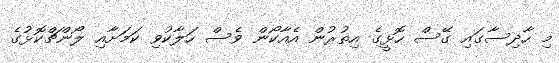
މި ހާދިސާގައި ގޭސް ހޮޅީގެ އިތުރުން އެއާކޯން ވެސް ހަލާކުވި ކަމަށާއި ލޯންޗްކޮޅުގެ